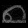
Digit: ၈